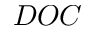
D O C